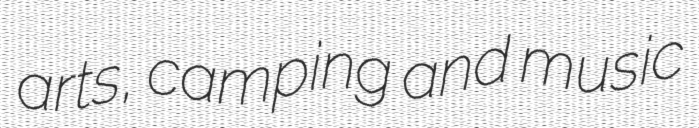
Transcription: arts, camping and music